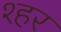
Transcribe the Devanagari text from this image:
श्हर